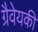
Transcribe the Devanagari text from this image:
ग्रैवेयकी